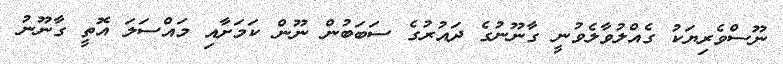
ނޫސްވެރިޔަކު ގެއްލުވާލެވުނީ ގާނޫނުގެ ދައުރުގެ ސަބަބުން ނޫން ކަމަށާއި މައްސަލަ އޮތީ ގާނޫނު